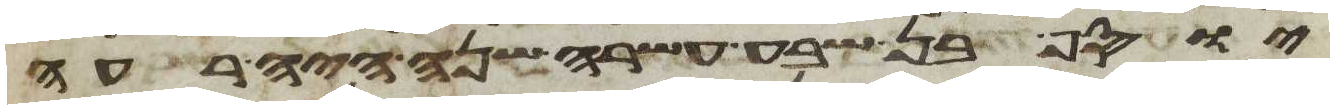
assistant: יוסף בן שבע עשרה שנה היה רעה